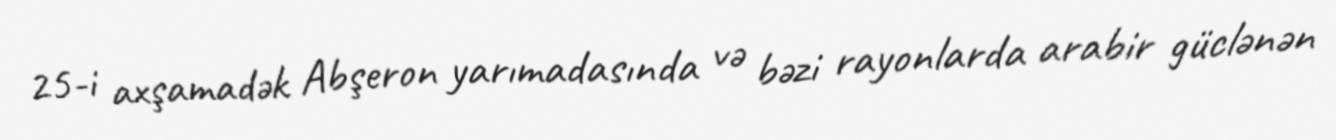
25-i axşamadək Abşeron yarımadasında və bəzi rayonlarda arabir güclənən